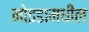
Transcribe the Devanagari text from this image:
नोइडामधील